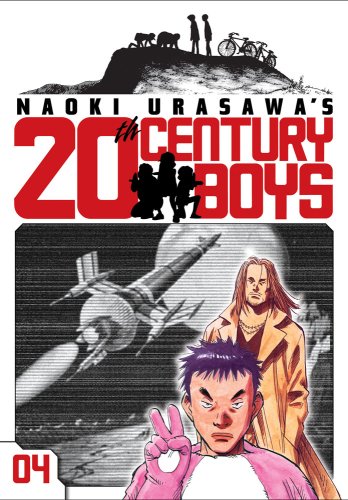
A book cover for Naoki Urasawa's 20th Century Boys, Vol. 4; Naoki Urasawa; Comics & Graphic Novels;